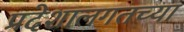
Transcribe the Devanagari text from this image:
प्रदेशालगतच्या